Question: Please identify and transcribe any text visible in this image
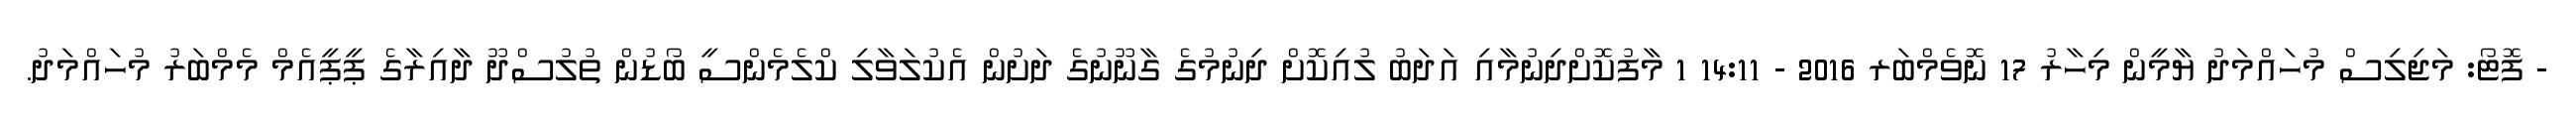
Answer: - ފޮޓޯ: މަޖިލިސް މުހައްމަދު ޔާމީން މިހާރު 17 ނޮވެމްބަރ 2016 - 14:11 1 މާފުކޮށްދިނުމާއި އަދަބު ލުއިކޮށް ދިނުމުގެ ގާނޫނުގެ ދަށުން އެކުލަވާލި ކްލެމެންސީ ބޯޑުން ތުލުސްދޫ ދާއިރާގެ ޕީޕީއެމް މެމްބަރު މުހައްމަދު.